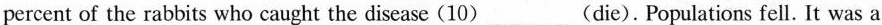
percent of the rabbits who caught the disease (10)___(die). Populations fell. It was a